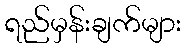
ရည်မှန်းချက်များ